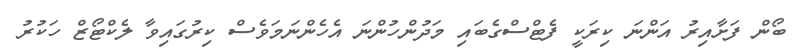
ބޯން ފަށާއިރު އަންނަ ކިރަކީ ފެޓްސްގެބައި މަދުންހުންނަ އެހެންނަމަވެސް ކިރުގައިވާ ލެކްޓޯޒް ހަކުރު